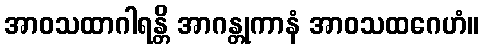
အာဝသထာဂါရန္တိ အာဂန္တုကာနံ အာဝသထဂေဟံ။